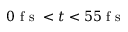
0 \mathrm { ~ f ~ s ~ } < t < 5 5 \mathrm { ~ f ~ s ~ }